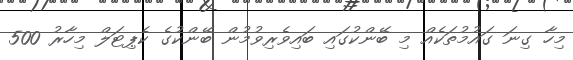
މިހާ ގިނަ ގައުމުތަކެއް މި ބޭންކުގައި ބައިވެރިވުމުން ބޭންކުގެ ކެޕިޓަލް މިހާރު 500